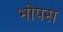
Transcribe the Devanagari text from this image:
भोपस